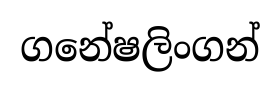
ගනේෂලිංගන්